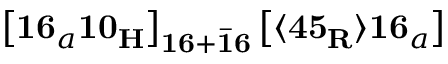
\left[ \mathbf { 1 6 } _ { a } \mathbf { 1 0 _ { H } } \right] _ { \mathbf { 1 6 } + \mathbf { \bar { 1 6 } } } \left[ \langle \mathbf { 4 5 _ { R } } \rangle \mathbf { 1 6 } _ { a } \right]